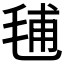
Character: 𣭾